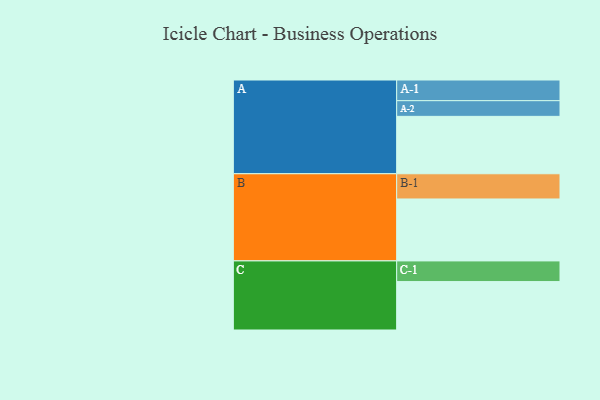
{"axis": {"x": "Segment", "y": "Value"}, "legend": ["", "A", "B", "C"], "data": [{"x": "A", "y": 505, "type": ""}, {"x": "B", "y": 545, "type": ""}, {"x": "C", "y": 426, "type": ""}, {"x": "A-1", "y": 182, "type": "A"}, {"x": "A-2", "y": 138, "type": "A"}, {"x": "B-1", "y": 222, "type": "B"}, {"x": "C-1", "y": 182, "type": "C"}]}